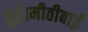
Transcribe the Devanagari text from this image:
हुई।मीठीबाई